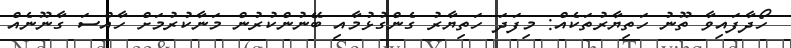
ހޯދާފައިވާ ތޫނު ހަތިޔާރުތަކެއް: މިފަދަ ހަތިޔާރު ގެންގުޅުމާއި ބޭނުންކުރުން މަނާކުރުމަށް ހާއްސަ ގާނޫނެއް